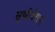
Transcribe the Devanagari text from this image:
सूचीवेधन